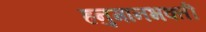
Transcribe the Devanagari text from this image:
हनुमानभक्ती